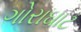
ગોરાઘાટ